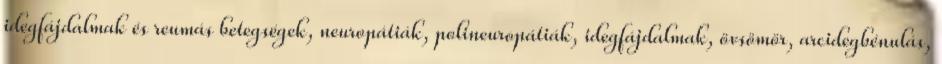
idegfájdalmak és reumás betegségek, neuropátiák, polineuropátiák, idegfájdalmak, övsömör, arcidegbénulás,